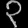
Digit: ၃